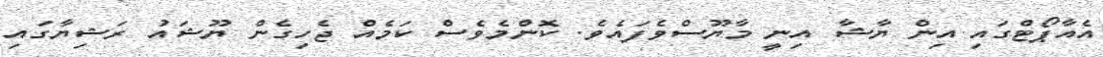
އެއާޕޯޓްގައި އިން ޔާޝާ އިނީ މާޔޫސްވެފައެވެ. ކޮންމެވެސް ކަމެއް ޖެހިގެން ޔޫޝައު ރަޝިޔާގައި